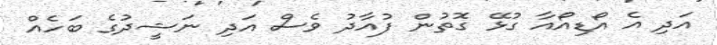
އަދި އެ އޯޑިއޯއާ ގުޅޭ ގޮތުން ފުއާދު ވެސް އަދި ނަޝީދުގެ ބަހެއް